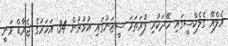
އެލްއޭ ގެލެކްސީގައި ހޭދަކުރި ފުރަތަމަ ސީޒަނުގައި އުމުރުން 34 އަހަރުގެ ޖެރާޑް ވަނީ